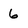
Character: 6